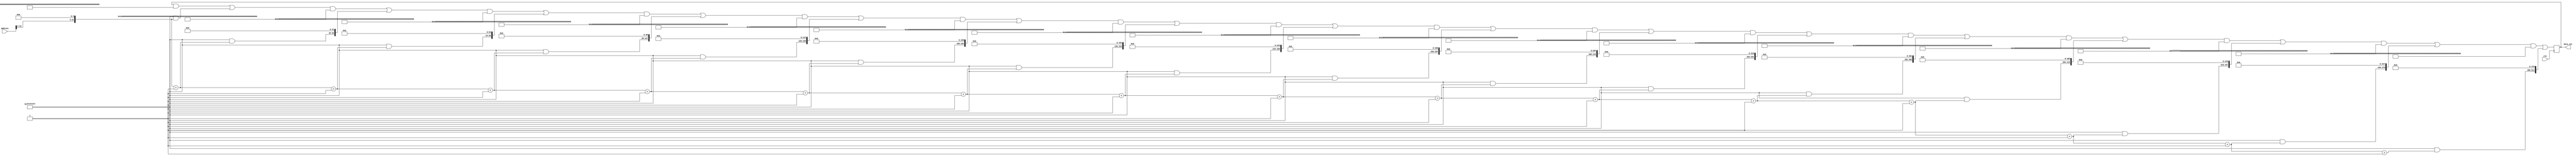
// In our main memory, data at address location 'x' which is 32-bits, is 'x' itself
module main_memory(clk,address,data_out);
    input [31:0] address;
    input clk;

    output [511:0] data_out;

    reg [511:0] data_out;
    reg [31:0] intialAddress;
    integer i;
    integer p;
    integer q;


    always@(posedge clk)
    begin
        intialAddress = {address[31:4],{4'b0000}};
        q=31;
        for(i=0;i<16;i=i+1) begin
            data_out[q-:32] = intialAddress;
            // $display("%b\n",data_out[q-:32]);
            q = q+32;        
            intialAddress = intialAddress+1;
            
        end
        // $display("\n");
    end
endmodule